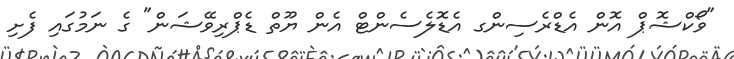
"ވޯކްޝޮޕް އޮން އެޑްރެސިންގ އެޑޮލެސެންޓް އެން ޔޫތް ޑެޕްރިވޭޝަން" ގެ ނަމުގައި ފެށި